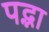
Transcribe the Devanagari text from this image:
पद्भा